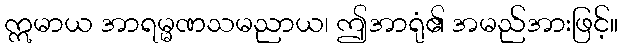
ဣမာယ အာရမ္မဏသမညာယ၊ ဤအာရုံ၏ အမည်အားဖြင့်။